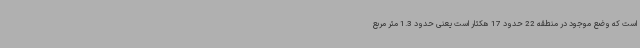
است که وضع موجود در منطقه 22 حدود 17 هکتار است یعنی حدود 1.3 متر مربع